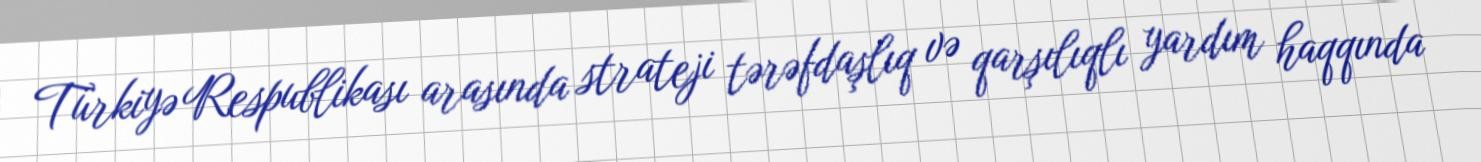
Türkiyə Respublikası arasında strateji tərəfdaşlıq və qarşılıqlı yardım haqqında